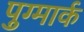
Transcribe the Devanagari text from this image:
पुग्मार्क